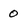
Character: 0